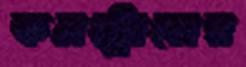
কনট্রোলের